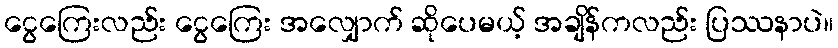
ငွေကြေးလည်း ငွေကြေး အလျှောက် ဆိုပေမယ့် အချိန်ကလည်း ပြဿနာပဲ။